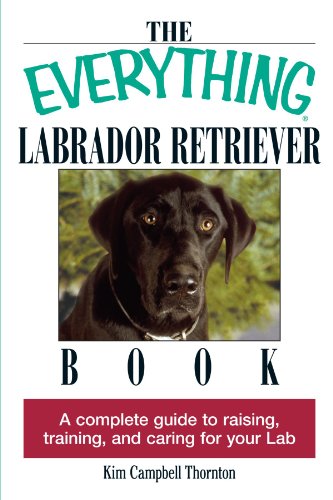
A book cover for The Everything Labrador Retriever Book: A Complete Guide to Raising, Training, and Caring for Your Lab; Kim Campbell Thornton; Business & Money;